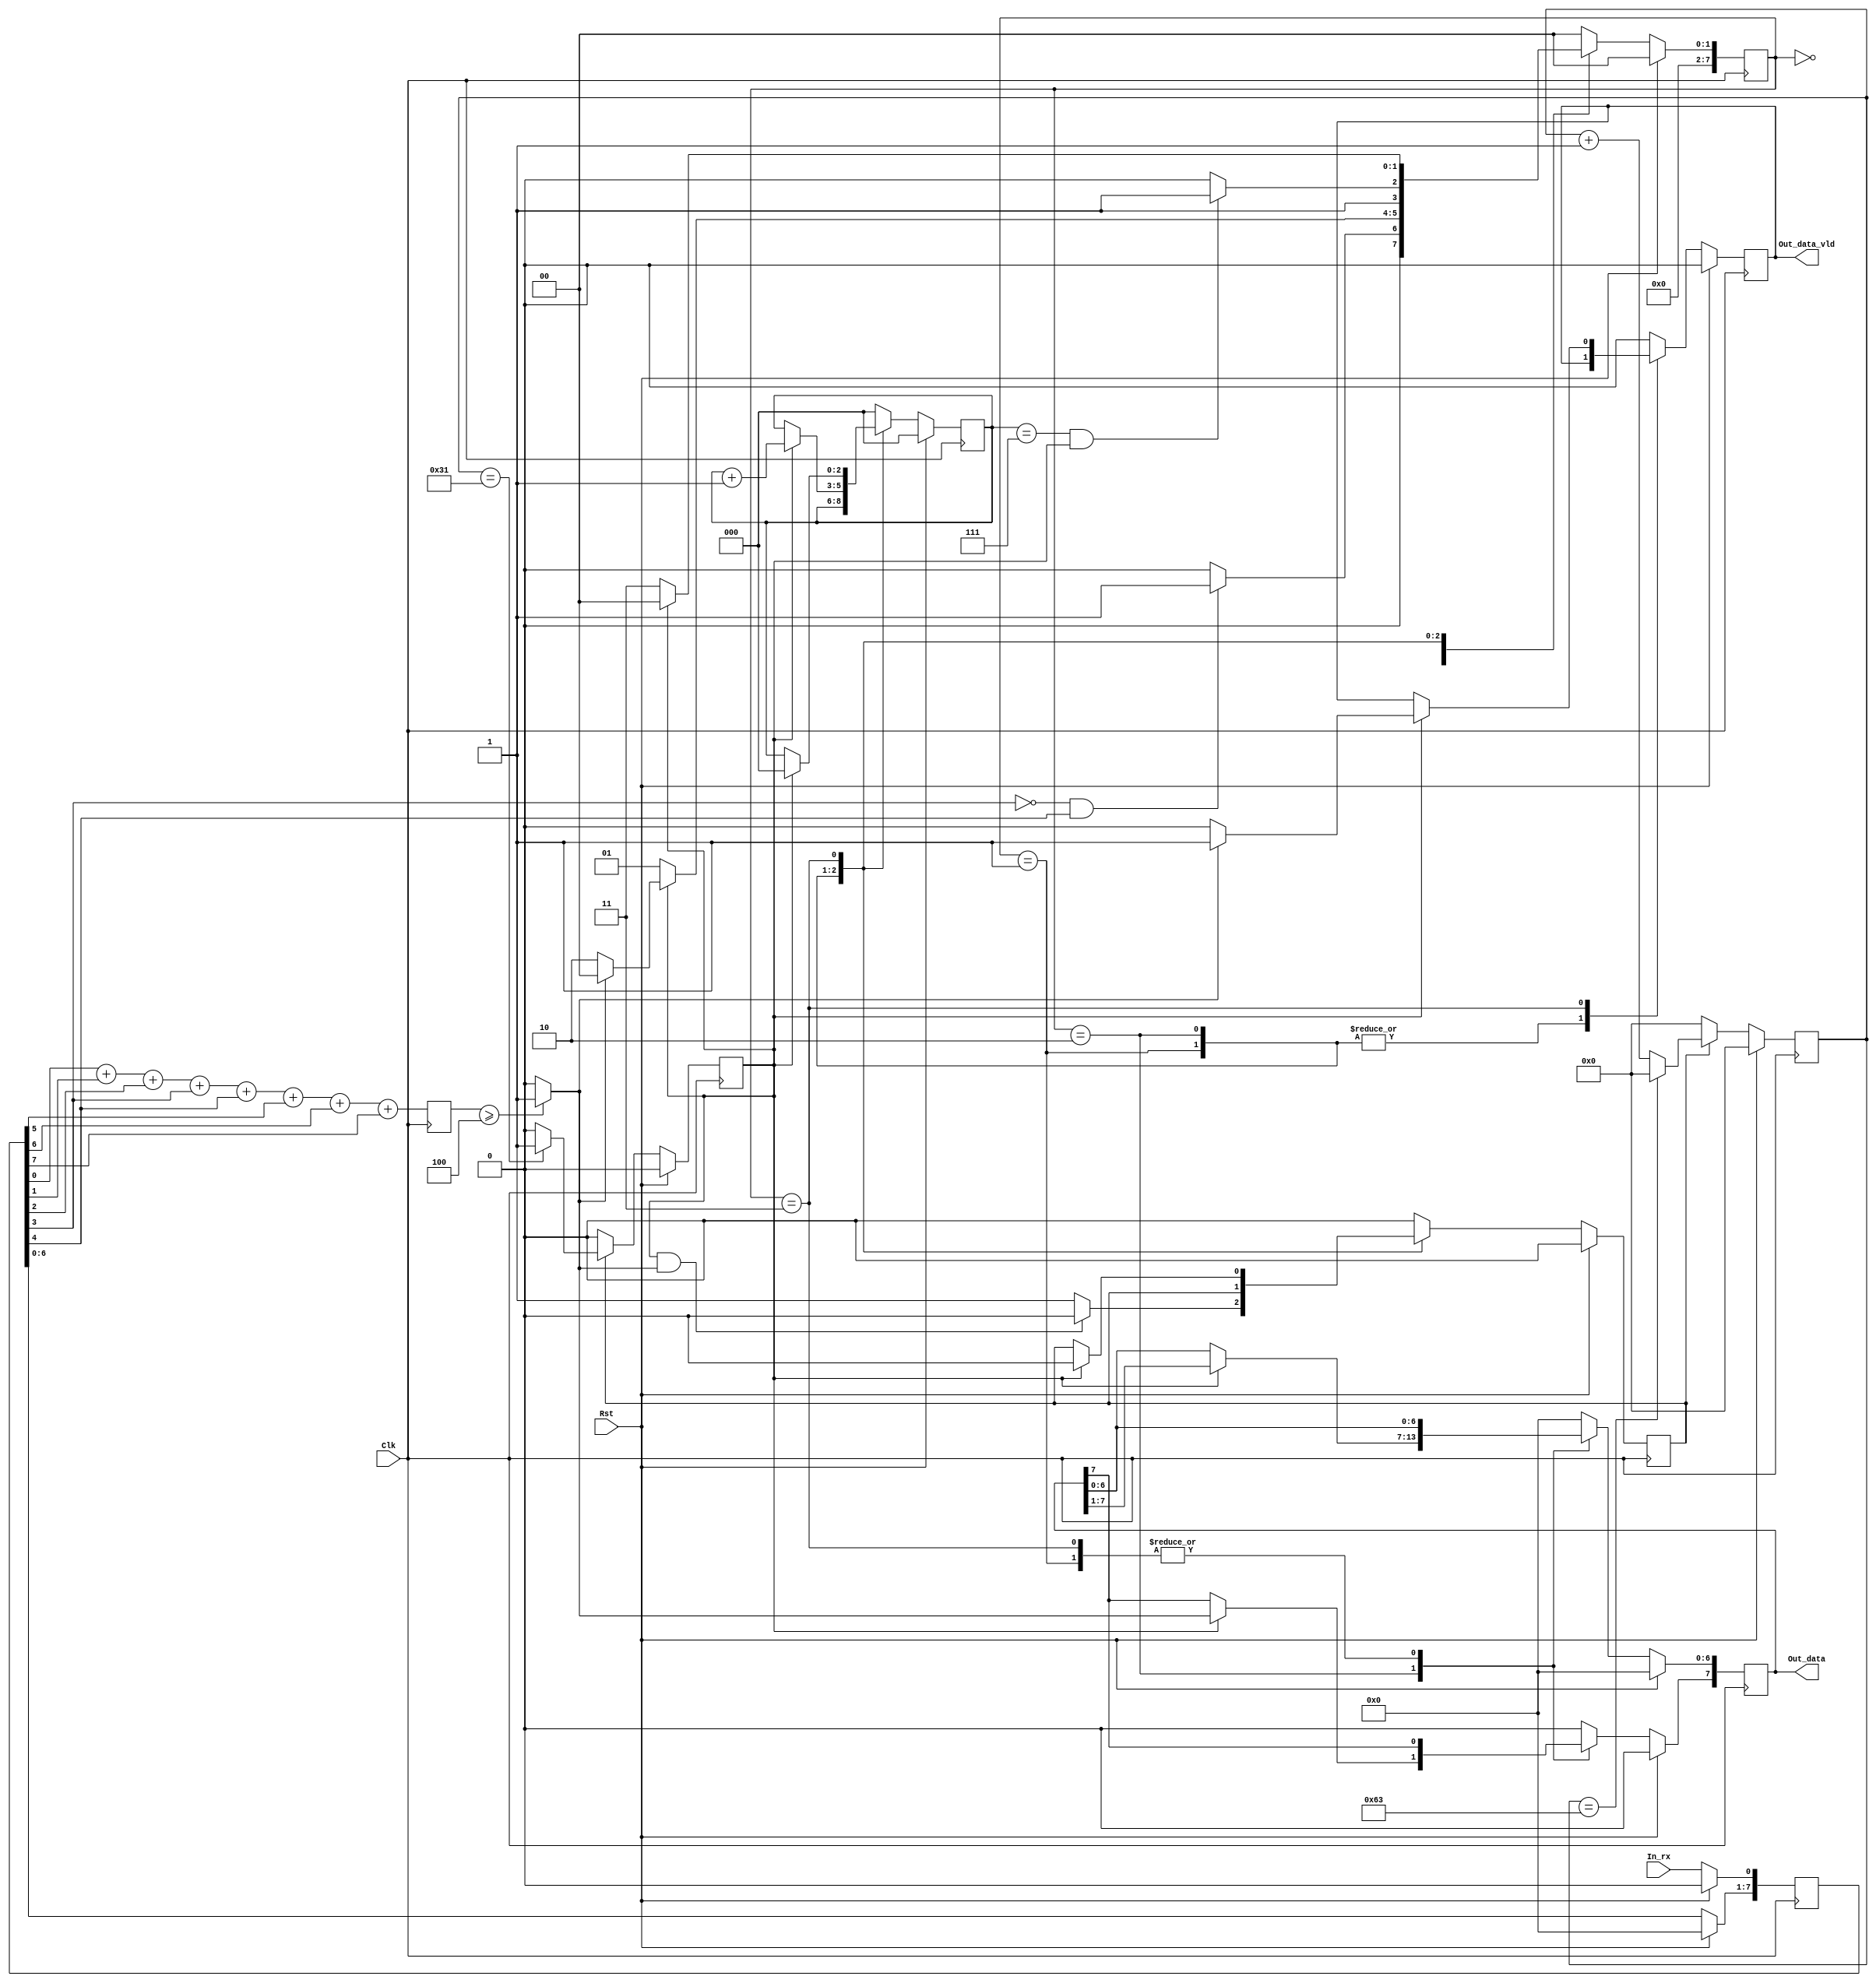
`timescale  1ns / 1ps

module UartRx(
    Clk                     ,
    Rst                     ,
    In_rx                   ,
    Out_data                ,
    Out_data_vld
    );

//---------------------------------------------------------------------------------------
//              Parameter
//--------------------------------------------------------------------------------------- 
parameter       TCQ                             = 1                     ;
parameter       CLK_FREQ                        = 100000000             ;    //100MHz
parameter       BAUND_RATE                      = 9600                  ;    //9600bps
//parameter       BAUND_EN_INTERVAL               = CLK_FREQ/BAUND_RATE   ;
parameter       BAUND_EN_INTERVAL               = 100   				;    //Just for simulation

//FSM-------------------------------------------------------------------
parameter       STA_IDLE                        = 2'h0                  ;
parameter       STA_RX_START                    = 2'h1                  ;
parameter       STA_RX_REC_DATA                 = 2'h2                  ;
parameter       STA_RX_STOP                     = 2'h3                  ;

//---------------------------------------------------------------------------------------
//              Port Define
//---------------------------------------------------------------------------------------
input   wire                                    Clk                     ;
input   wire                                    Rst                     ;
input   wire                                    In_rx                   ;
output  wire    [7:0]                           Out_data                ;
output  wire                                    Out_data_vld            ;

//---------------------------------------------------------------------------------------
//              Signals
//---------------------------------------------------------------------------------------
reg    [7:0]                           			out_data                ;
reg                                    			out_data_vld            ;

reg    [7:0]                                    rx_buf                  ;
wire                                            rx_data_bit             ;
reg    [3:0]                                    bit_value_sum           ;
wire                                            fall_detect_pulse       ;
reg                                             receiving               ;
reg    [15:0]                                   baund_cnt               ;
reg                                             baund_en                ;
reg    [2:0]                                    bit_cnt                 ;

reg    [7:0]                                   curr_state            	;
reg    [7:0]                                   next_state            	;

//---------------------------------------------------------------------------------------
//              Function Codes
//---------------------------------------------------------------------------------------
assign Out_data = out_data;
assign Out_data_vld = out_data_vld;

always @(posedge Clk) begin
    if(Rst == 1'b1)
        rx_buf       <= #TCQ 8'b0;
    else begin
        rx_buf[0]    <= #TCQ In_rx;
        rx_buf[7:1]  <= #TCQ rx_buf[6:0];
    end
end

assign fall_detect_pulse = (~rx_buf[3])&rx_buf[4];

always @(posedge Clk) begin
    bit_value_sum    <= #TCQ rx_buf[0] + rx_buf[1] + rx_buf[2] + rx_buf[3] + rx_buf[4] + rx_buf[5] + rx_buf[6] + rx_buf[7];
end

assign rx_data_bit = (bit_value_sum >= 4'h4) ? 1'b1 : 1'b0;

always @(posedge Clk) begin
    if(Rst == 1'b1) begin
        baund_cnt    <= #TCQ 16'b0;
        baund_en     <= #TCQ 1'b0;
    end
    else if(receiving == 1'b1) begin
        if(baund_cnt == BAUND_EN_INTERVAL - 1'b1)
            baund_cnt    <= #TCQ 16'b0;
        else
            baund_cnt    <= #TCQ baund_cnt + 1'b1;
        
        if(baund_cnt == BAUND_EN_INTERVAL/2 - 1'b1)
            baund_en     <= #TCQ 1'b1;
        else
            baund_en     <= #TCQ 1'b0;
    end
    else begin
        baund_cnt    <= #TCQ 16'b0;
        baund_en     <= #TCQ 1'b0;
    end
end

//---------------------------------------------------------------------------------------
//              FSM
//---------------------------------------------------------------------------------------
//State Tranfer
always @(posedge Clk) begin
    if(Rst == 1'b1)
        curr_state <= #TCQ STA_IDLE;
    else
        curr_state <= #TCQ next_state;
end

//Calculate the next state
always @( * ) begin
    case(curr_state)
        STA_IDLE        : begin
            if(fall_detect_pulse == 1'b1)
                next_state = STA_RX_START;
            else
                next_state = STA_IDLE;
        end
        
        STA_RX_START    : begin
            if(baund_en == 1'b1) begin
                if(rx_data_bit == 1'b0)
                    next_state = STA_RX_REC_DATA;
                else
                    next_state = STA_IDLE;
            end
            else
                next_state = STA_RX_START;
        end
    
        STA_RX_REC_DATA : begin
            if((bit_cnt == 3'h7) && (baund_en == 1'b1))
                next_state = STA_RX_STOP;
            else
                next_state = STA_RX_REC_DATA;
        end
        
        STA_RX_STOP     : begin
            if(baund_en == 1'b1)
                next_state = STA_IDLE;
            else
                next_state = STA_RX_STOP;
        end
        
        default         : begin
            next_state = STA_IDLE;
        end
    endcase
end

//Output of the next state basing on current state
always @(posedge Clk) begin
    if(Rst == 1'b1) begin
        receiving     <= #TCQ 1'b0;
        bit_cnt       <= #TCQ 3'b0;
        out_data      <= #TCQ 8'b0;
        out_data_vld  <= #TCQ 1'b0;
    end
    else case(curr_state)
        STA_IDLE      : begin
			receiving    <= #TCQ 1'b0;
			bit_cnt      <= #TCQ 3'b0;
			out_data     <= #TCQ 8'b0;
			out_data_vld <= #TCQ 1'b0;
        end
        
        STA_RX_START    : begin
            if((baund_en == 1'b1) && (rx_data_bit == 1'b1))
                receiving   <= #TCQ 1'b0;
			else 
			    receiving   <= #TCQ 1'b1;
        end
    
        STA_RX_REC_DATA : begin
            if(baund_en == 1'b1) begin
                bit_cnt       <= #TCQ bit_cnt + 1'b1;
                out_data[7]   <= #TCQ rx_data_bit;
                out_data[6:0] <= #TCQ out_data[7:1];
            end
        end
        
        STA_RX_STOP     : begin
            if(baund_en == 1'b1) begin
                receiving    <= #TCQ 1'b0;
                bit_cnt      <= #TCQ 3'b0;
                if(rx_data_bit == 1'b1)
                    out_data_vld  <= #TCQ 1'b1;
                else
                    out_data_vld  <= #TCQ 1'b0;
            end
        end
        
        default         : begin
            receiving     <= #TCQ 1'b0;
            bit_cnt       <= #TCQ 3'b0;
            out_data      <= #TCQ 8'b0;
            out_data_vld  <= #TCQ 1'b0;
        end  
    endcase
end

endmodule